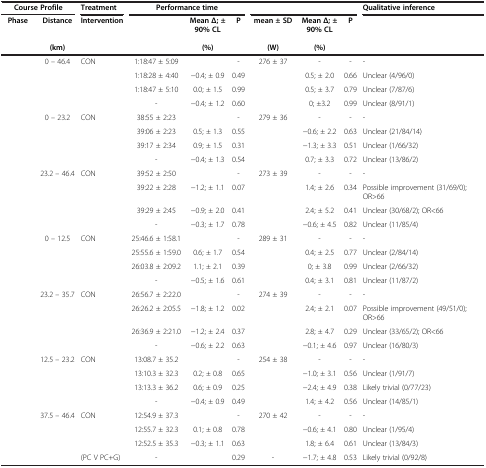
<table><thead><tr><td colspan="2"><b>Course Profile</b></td><td><b>Treatment</b></td><td colspan="3"><b>Performance time</b></td><td colspan="3">[EMPTY_CELL]</td><td><b>Qualitative inference</b></td></tr><tr><td><b>Phase</b></td><td><b>Distance</b></td><td><b>Intervention</b></td><td>[EMPTY_CELL]</td><td><b>Mean Δ; ± 90% CL</b></td><td><b>P</b></td><td><b>mean ± SD</b></td><td><b>Mean Δ; ± 90% CL</b></td><td><b>P</b></td><td>[EMPTY_CELL]</td></tr><tr><td>[EMPTY_CELL]</td><td><b>(km)</b></td><td>[EMPTY_CELL]</td><td>[EMPTY_CELL]</td><td><b>(%)</b></td><td>[EMPTY_CELL]</td><td><b>(W)</b></td><td><b>(%)</b></td><td>[EMPTY_CELL]</td><td>[EMPTY_CELL]</td></tr></thead><tbody><tr><td rowspan="4">[EMPTY_CELL]</td><td rowspan="4">0 – 46.4</td><td>CON</td><td>1:18:47 ± 5:09</td><td>[EMPTY_CELL]</td><td>-</td><td>276 ± 37</td><td>-</td><td>-</td><td>-</td></tr><tr><td>[EMPTY_CELL]</td><td>1:18:28 ± 4:40</td><td>−0.4; ± 0.9</td><td>0.49</td><td>[EMPTY_CELL]</td><td>0.5; ± 2.0</td><td>0.66</td><td>Unclear (4/96/0)</td></tr><tr><td>[EMPTY_CELL]</td><td>1:18:47 ± 5:10</td><td>0.0; ± 1.5</td><td>0.99</td><td>[EMPTY_CELL]</td><td>0.5; ± 3.7</td><td>0.79</td><td>Unclear (7/87/6)</td></tr><tr><td>[EMPTY_CELL]</td><td>-</td><td>−0.4; ± 1.2</td><td>0.60</td><td>[EMPTY_CELL]</td><td>0; ±3.2</td><td>0.99</td><td>Unclear (8/91/1)</td></tr><tr><td rowspan="4">[EMPTY_CELL]</td><td rowspan="4">0 – 23.2</td><td>CON</td><td>38:55 ± 2:23</td><td>[EMPTY_CELL]</td><td>-</td><td>279 ± 36</td><td>-</td><td>-</td><td>-</td></tr><tr><td>[EMPTY_CELL]</td><td>39:06 ± 2:23</td><td>0.5; ± 1.3</td><td>0.55</td><td>[EMPTY_CELL]</td><td>−0.6; ± 2.2</td><td>0.63</td><td>Unclear (21/84/14)</td></tr><tr><td>[EMPTY_CELL]</td><td>39:17 ± 2:34</td><td>0.9; ± 1.5</td><td>0.31</td><td>[EMPTY_CELL]</td><td>−1.3; ± 3.3</td><td>0.51</td><td>Unclear (1/66/32)</td></tr><tr><td>[EMPTY_CELL]</td><td>-</td><td>−0.4; ± 1.3</td><td>0.54</td><td>[EMPTY_CELL]</td><td>0.7; ± 3.3</td><td>0.72</td><td>Unclear (13/86/2)</td></tr><tr><td rowspan="4">[EMPTY_CELL]</td><td rowspan="4">23.2 – 46.4</td><td>CON</td><td>39:52 ± 2:50</td><td>[EMPTY_CELL]</td><td>-</td><td>273 ± 39</td><td>-</td><td>-</td><td>-</td></tr><tr><td>[EMPTY_CELL]</td><td>39:22 ± 2:28</td><td>−1.2; ± 1.1</td><td>0.07</td><td>[EMPTY_CELL]</td><td>1.4; ± 2.6</td><td>0.34</td><td>Possible improvement (31/69/0); OR&gt;66</td></tr><tr><td>[EMPTY_CELL]</td><td>39:29 ± 2:45</td><td>−0.9; ± 2.0</td><td>0.41</td><td>[EMPTY_CELL]</td><td>2.4; ± 5.2</td><td>0.41</td><td>Unclear (30/68/2); OR&lt;66</td></tr><tr><td>[EMPTY_CELL]</td><td>-</td><td>−0.3; ± 1.7</td><td>0.78</td><td>[EMPTY_CELL]</td><td>−0.6; ± 4.5</td><td>0.82</td><td>Unclear (11/85/4)</td></tr><tr><td rowspan="4">[EMPTY_CELL]</td><td rowspan="4">0 – 12.5</td><td>CON</td><td>25:46.6 ± 1:58.1</td><td>[EMPTY_CELL]</td><td>-</td><td>289 ± 31</td><td>-</td><td>-</td><td>-</td></tr><tr><td>[EMPTY_CELL]</td><td>25:55.6 ± 1:59.0</td><td>0.6; ± 1.7</td><td>0.54</td><td>[EMPTY_CELL]</td><td>0.4; ± 2.5</td><td>0.77</td><td>Unclear (2/84/14)</td></tr><tr><td>[EMPTY_CELL]</td><td>26:03.8 ± 2:09.2</td><td>1.1; ± 2.1</td><td>0.39</td><td>[EMPTY_CELL]</td><td>0; ± 3.8</td><td>0.99</td><td>Unclear (2/66/32)</td></tr><tr><td>[EMPTY_CELL]</td><td>-</td><td>−0.5; ± 1.6</td><td>0.61</td><td>[EMPTY_CELL]</td><td>0.4; ± 3.1</td><td>0.81</td><td>Unclear (11/87/2)</td></tr><tr><td rowspan="4">[EMPTY_CELL]</td><td rowspan="4">23.2 – 35.7</td><td>CON</td><td>26:56.7 ± 2:22.0</td><td>[EMPTY_CELL]</td><td>-</td><td>274 ± 39</td><td>-</td><td>-</td><td>-</td></tr><tr><td>[EMPTY_CELL]</td><td>26:26.2 ± 2:05.5</td><td>−1.8; ± 1.2</td><td>0.02</td><td>[EMPTY_CELL]</td><td>2.4; ± 2.1</td><td>0.07</td><td>Possible improvement (49/51/0); OR&gt;66</td></tr><tr><td>[EMPTY_CELL]</td><td>26:36.9 ± 2:21.0</td><td>−1.2; ± 2.4</td><td>0.37</td><td>[EMPTY_CELL]</td><td>2.8; ± 4.7</td><td>0.29</td><td>Unclear (33/65/2); OR&lt;66</td></tr><tr><td>[EMPTY_CELL]</td><td>-</td><td>−0.6; ± 2.2</td><td>0.63</td><td>[EMPTY_CELL]</td><td>−0.1; ± 4.6</td><td>0.97</td><td>Unclear (16/80/3)</td></tr><tr><td rowspan="4">[EMPTY_CELL]</td><td rowspan="4">12.5 – 23.2</td><td>CON</td><td>13:08.7 ± 35.2</td><td>[EMPTY_CELL]</td><td>-</td><td>254 ± 38</td><td>-</td><td>-</td><td>-</td></tr><tr><td>[EMPTY_CELL]</td><td>13:10.3 ± 32.3</td><td>0.2; ± 0.8</td><td>0.65</td><td>[EMPTY_CELL]</td><td>−1.0; ± 3.1</td><td>0.56</td><td>Unclear (1/91/7)</td></tr><tr><td>[EMPTY_CELL]</td><td>13:13.3 ± 36.2</td><td>0.6; ± 0.9</td><td>0.25</td><td>[EMPTY_CELL]</td><td>−2.4; ± 4.9</td><td>0.38</td><td>Likely trivial (0/77/23)</td></tr><tr><td>[EMPTY_CELL]</td><td>-</td><td>−0.4; ± 0.9</td><td>0.49</td><td>[EMPTY_CELL]</td><td>1.4; ± 4.2</td><td>0.56</td><td>Unclear (14/85/1)</td></tr><tr><td rowspan="3">[EMPTY_CELL]</td><td rowspan="3">37.5 – 46.4</td><td>CON</td><td>12:54.9 ± 37.3</td><td>[EMPTY_CELL]</td><td>-</td><td>270 ± 42</td><td>-</td><td>-</td><td>-</td></tr><tr><td>[EMPTY_CELL]</td><td>12:55.7 ± 32.3</td><td>0.1; ± 0.8</td><td>0.78</td><td>[EMPTY_CELL]</td><td>−0.6; ± 4.1</td><td>0.80</td><td>Unclear (1/95/4)</td></tr><tr><td>[EMPTY_CELL]</td><td>12:52.5 ± 35.3</td><td>−0.3; ± 1.1</td><td>0.63</td><td>[EMPTY_CELL]</td><td>1.8; ± 6.4</td><td>0.61</td><td>Unclear (13/84/3)</td></tr><tr><td>[EMPTY_CELL]</td><td>[EMPTY_CELL]</td><td>(PC V PC+G)</td><td>-</td><td>[EMPTY_CELL]</td><td>0.29</td><td>-</td><td>−1.7; ± 4.8</td><td>0.53</td><td>Likely trivial (0/92/8)</td></tr></tbody></table>